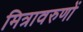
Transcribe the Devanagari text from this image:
मित्रावरुणों